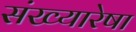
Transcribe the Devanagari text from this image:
संख्यारेषा